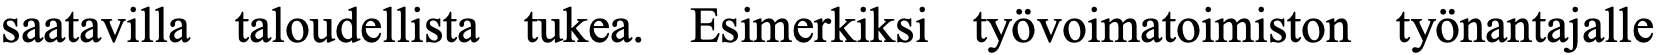
saatavilla taloudellista tukea. Esimerkiksi työvoimatoimiston työnantajalle